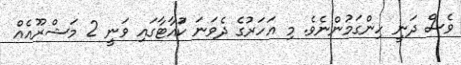
ވެސް ދަނީ ހިންގަމުންނެވެ. މި އަހަރުގެ ދެވަނަ ކުައާޓާގައި ވަނީ 2 މަޝްރޫއެއް